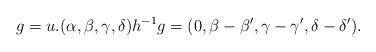
LaTeX: \begin{align*} g = u.(\alpha,\beta,\gamma,\delta) h^{-1}g = (0,\beta-\beta',\gamma-\gamma',\delta-\delta'). \end{align*}